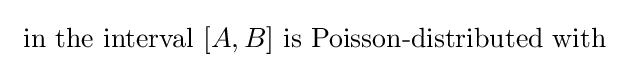
{\text{ in the interval }}[A,B]{\text{ is Poisson-distributed with}}